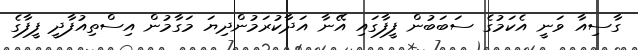
ގާސިއާ ވަނީ އެކަމުގެ ސަބަބުން ފީފާގައި އޭނާ އަދާކުރަމުންދިޔަ މަގާމުން އިސްތިއުފާދީ ފީފާގެ